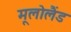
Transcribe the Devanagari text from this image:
मूलोलैंड